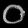
Digit: ၀